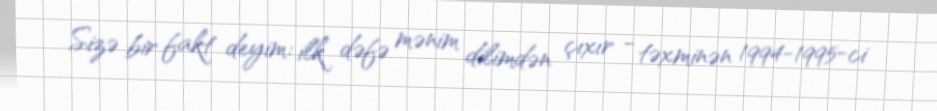
Sizə bir fakt deyim: ilk dəfə mənim dilimdən çıxır - təxminən 1994-1995-ci